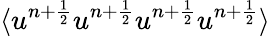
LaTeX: \langle u^{n+\frac{1}{2}}u^{n+\frac{1}{2}}u^{n+\frac{1}{2}}u^{n+\frac{1}{2}}\rangle